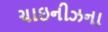
ચાઇનીઝના